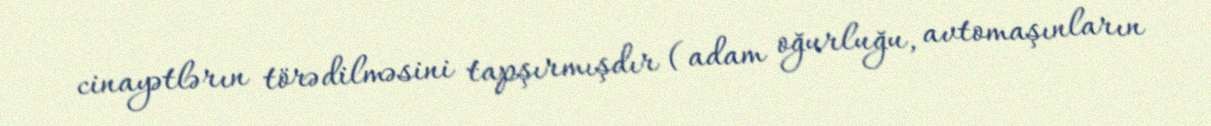
cinayətlərın törədilməsini tapşırmışdır (adam oğurluğu, avtomaşınların